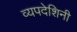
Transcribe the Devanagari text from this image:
व्यपदेशिनी